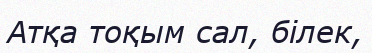
Атқа тоқым сал, бiлек,